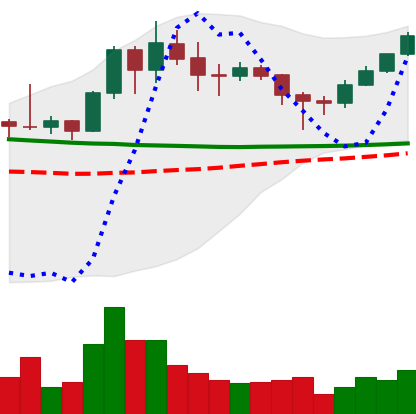
Ticker: XMR-USD
Chart end date: 2020-01-29
Forward return: 9.685%
Label: up_7plus